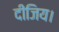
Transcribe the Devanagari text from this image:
दीजिय।